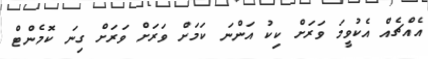
އެއްޗެއް އެކުވީމަ ވަރަށް ކިކު އަންނަ ކަމަށް ވަރަށް ވަރަށް ގިނަ ކޮމެންޓް